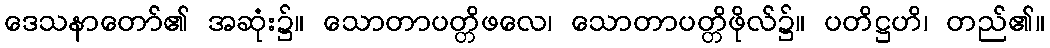
ဒေသနာတော်၏ အဆုံး၌။ သောတာပတ္တိဖလေ၊ သောတာပတ္တိဖိုလ်၌။ ပတိဋ္ဌဟိ၊ တည်၏။